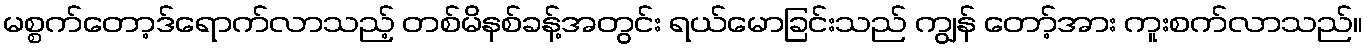
မစ္စက်တော့ဒ်ရောက်လာသည့် တစ်မိနစ်ခန့်အတွင်း ရယ်မောခြင်းသည် ကျွန် တော့်အား ကူးစက်လာသည်။